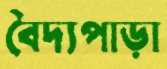
বৈদ্যপাড়া